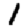
Digit: 1